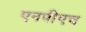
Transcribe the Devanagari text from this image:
एनपीएच